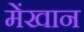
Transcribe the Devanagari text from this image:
मेंखान